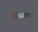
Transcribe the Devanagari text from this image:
जिस्समय